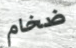
ضخام